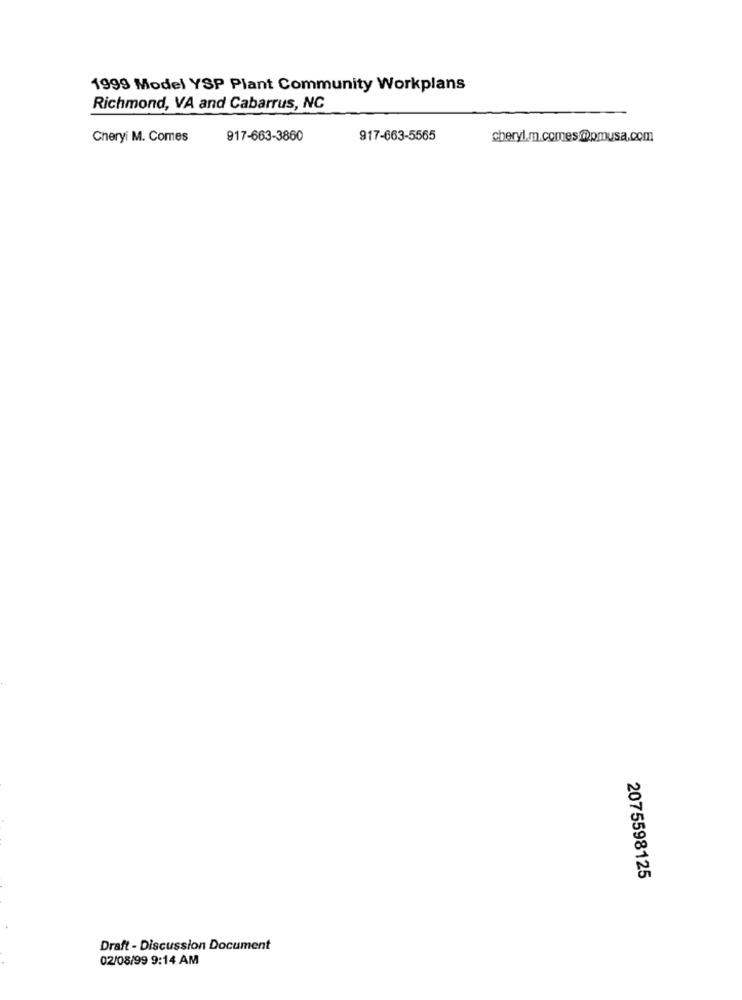
1999 Model YSP Plant Community Workplans
Richmond, VA and Cabarrus, NC
Cheryi M. Comes
917-663-3860
917-663-5565
cheryl.m.comes.@pmusa.com
2075598125
Draft - Discussion Document
02/08/99 9:14 AM